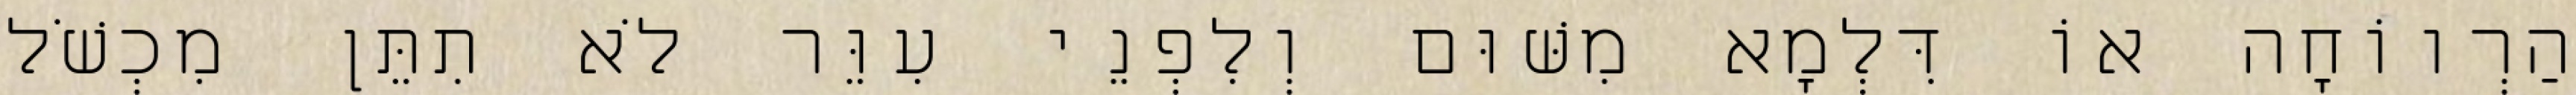
הַרְווֹחָה אוֹ דִּלְמָא מִשּׁוּם וְלִפְנֵי עִוֵּר לֹא תִתֵּן מִכְשֹׁל